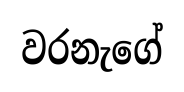
වරනැගේ